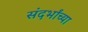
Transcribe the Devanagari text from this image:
संदर्भांच्या